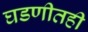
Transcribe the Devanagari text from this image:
घडणीतही